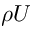
\rho U